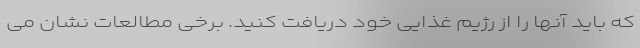
که باید آنها را از رژیم غذایی خود دریافت کنید. برخی مطالعات نشان می